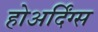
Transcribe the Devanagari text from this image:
होअर्दिंग्स